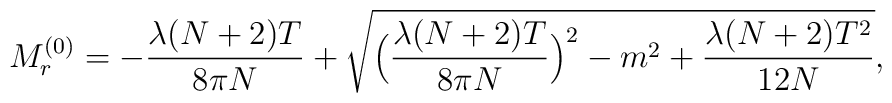
M_r^{(0)} = - \frac{\lambda (N + 2)T}{8 \pi N} + \sqrt{\Bigl(\frac{\lambda    (N + 2)T}{8 \pi N}\Bigr)^2 - m^2 + \frac{\lambda (N + 2)T^2}{12 N}},